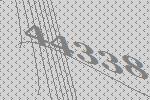
44338